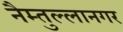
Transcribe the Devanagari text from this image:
नैम्तुल्लानगर